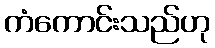
ကံကောင်းသည်ဟု